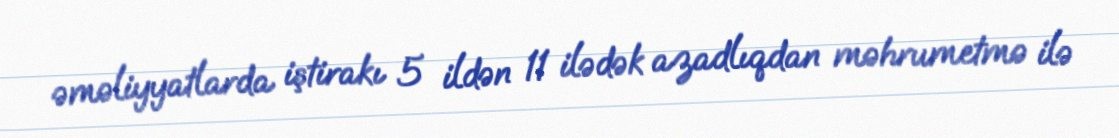
əməliyyatlarda iştirakı 5 ildən 11 ilədək azadlıqdan məhrumetmə ilə